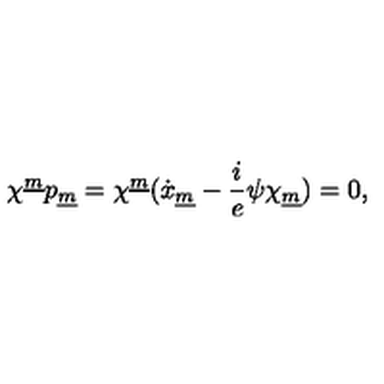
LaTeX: \chi ^ { \underline { m } } p _ { \underline { m } } = \chi ^ { \underline { m } } ( \dot { x } _ { \underline { m } } - { \frac { i } { e } } \psi \chi _ { \underline { m } } ) = 0 ,